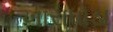
ખારાધોડા